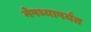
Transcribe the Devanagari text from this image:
नेपथ्यापर्यंत